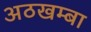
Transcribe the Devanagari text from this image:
अठखम्बा